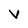
Character: V